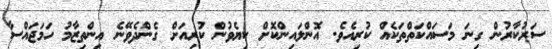
ސަރުކާރުން ގިނަ މަސައްކަތްތަކެއް ކުރިއެވެ. އޮންލައިންކޮށް ކިޔެވުން ކުރިއަށް ގެންދެވޭނެ އިންތިޒާމު ހަމަޖައްސާ